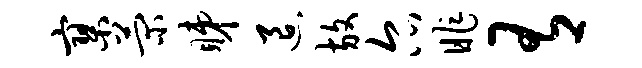
寥菊睇退放尔昨有